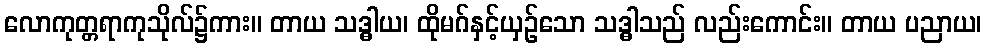
လောကုတ္တရာကုသိုလ်၌ကား။ တာယ သဒ္ဓါယ၊ ထိုမဂ်နှင့်ယှဉ်သော သဒ္ဓါသည် လည်းကောင်း။ တာယ ပညာယ၊